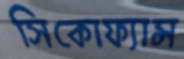
সিকোফ্যান্স